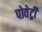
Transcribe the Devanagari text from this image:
पोवेट्री